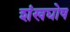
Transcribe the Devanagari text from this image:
शंखघोष